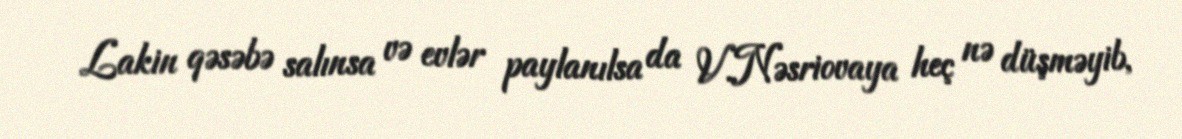
Lakin qəsəbə salınsa və evlər paylanılsa da V.Nəsriovaya heç nə düşməyib,